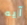
آيه